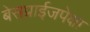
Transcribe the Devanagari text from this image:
बेसप्राईजपेक्षा